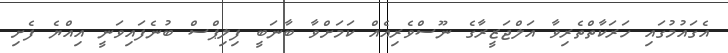
އެގައުމުގައި ހަރަކާތްތެރިވާ އަލްޖަޒީރާގެ ނޫސްވެރިއެއް ކަމަށްވާ ބާނަބީ ފިލިޕްސް ބުނެފައިވަނީ އިއްޔެ ފެށި